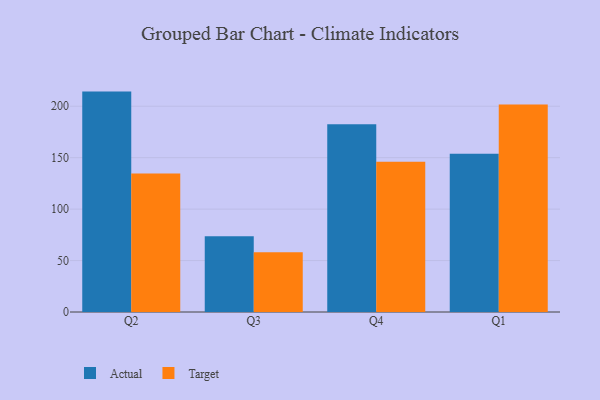
{"axis": {"x": "Quarter", "y": "Gross Profit (USD K)"}, "legend": ["Actual", "Target"], "data": [{"x": "Q2", "y": 214.2, "type": "Actual"}, {"x": "Q2", "y": 134.5, "type": "Target"}, {"x": "Q3", "y": 73.7, "type": "Actual"}, {"x": "Q3", "y": 58.1, "type": "Target"}, {"x": "Q4", "y": 182.5, "type": "Actual"}, {"x": "Q4", "y": 146.1, "type": "Target"}, {"x": "Q1", "y": 153.9, "type": "Actual"}, {"x": "Q1", "y": 201.6, "type": "Target"}]}